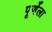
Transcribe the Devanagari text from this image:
पूर्णेला